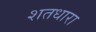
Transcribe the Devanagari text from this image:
शतधारा